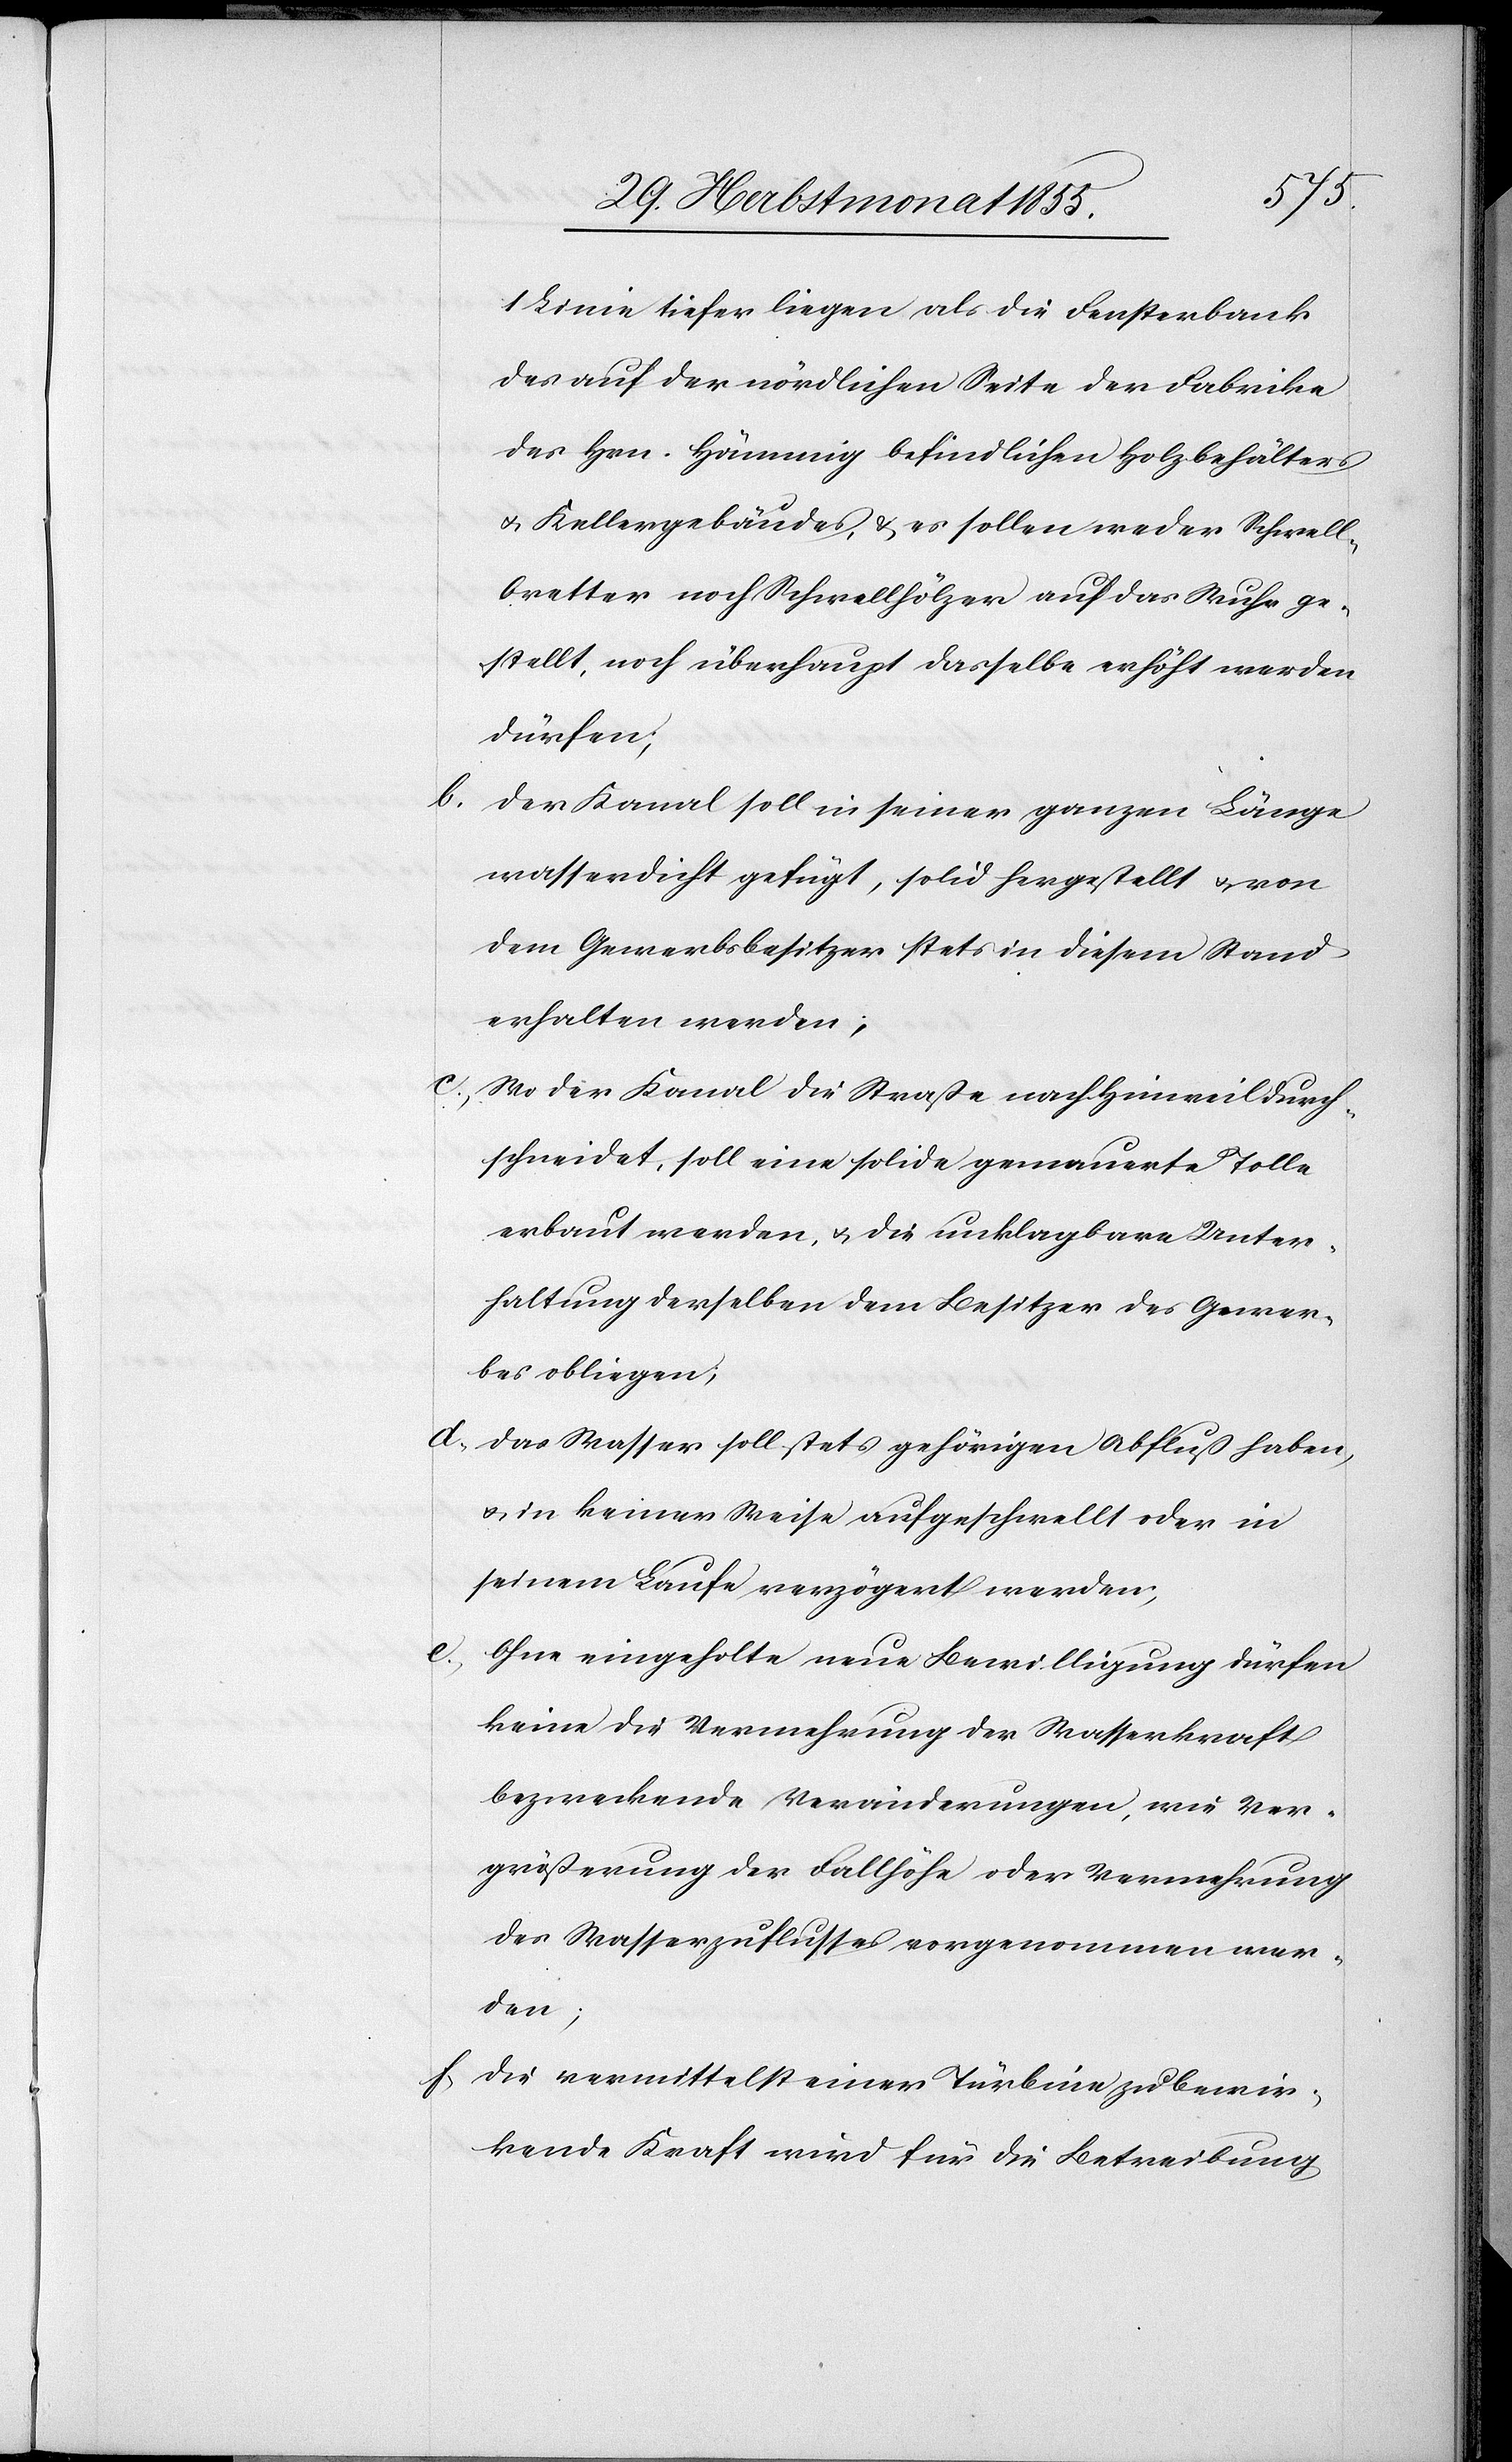
1 Linie tiefer liegen als die Fensterbank
des auf der nördlichen Seite der Fabrike
des Hrn. Hämmig befindlichen Holzbehälters
& Kellergebäudes, & es sollen weder Schwell¬
bretter noch Schwellhölzer auf das Wuhr ge¬
stellt, noch überhaupt dasselbe erhöht werden
dürfen;
Der Kanal soll in seiner ganzen Länge
wasserdicht gefügt, solid hergestellt & von
dem Gewerbsbesitzer stets in diesem Stand
erhalten werden;
Wo der Kanal die Straße nach Hinweil durch¬
schneidet, soll eine solide gemauerte Tolle
erbaut werden, & die unklagbare Unter¬
haltung derselben dem Besitzer des Gewer¬
bes obliegen;
Das Wasser soll stets gehörigen Abfluß haben,
& in keiner Weise aufgeschwellt oder in
seinem Laufe verzögert werden;
Ohne eingeholte neue Bewilligung dürfen
keine die Vermehrung der Wasserkraft
bezweckende Veränderungen, wie Ver¬
größerung der Fallhöhe oder Vermehrung
des Wasserzuflusses vorgenommen wer¬
den;
Die vermittelst einer Türbine zu bewir¬
kende Kraft wird für die Betreibung